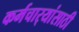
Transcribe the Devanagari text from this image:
कर्मचार्‍यांसाठी